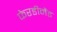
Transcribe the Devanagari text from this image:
फेरडीनैंड